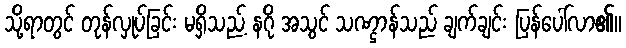
သို့ရာတွင် တုန်လှုပ်ခြင်း မရှိသည့် နဂို အသွင် သဏ္ဌာန်သည် ချက်ချင်း ပြန်ပေါ်လာ၏။